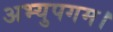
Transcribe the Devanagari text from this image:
अभ्युपगम।